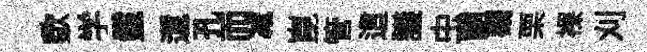
歜学鬣還孔而减崑管這議虫餉觀栗裸刈